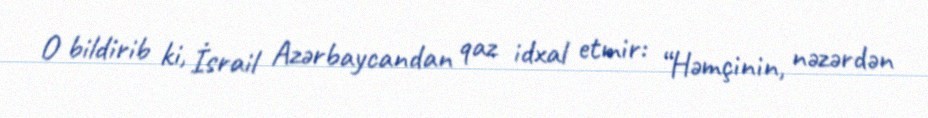
O bildirib ki, İsrail Azərbaycandan qaz idxal etmir: “Həmçinin, nəzərdən